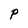
Character: P